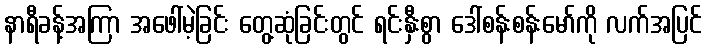
နာရီခန့်အကြာ အဖေါ်မဲ့ခြင်း တွေ့ဆုံခြင်းတွင် ရင်းနှီးစွာ ဒေါ်စန်းစန်းမော်ကို လက်အပြင်